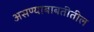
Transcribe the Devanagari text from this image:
असण्याबाबतीतील